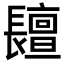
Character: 𨲷